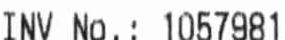
INV NO.: 1057981